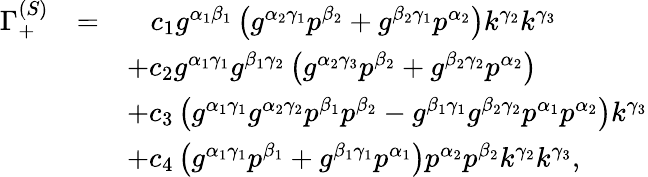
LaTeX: \begin{array}{rcl}{{\Gamma_{+}^{(S)}}}&{{=}}&{{\; \; \; c_{1}g^{\alpha_{1}\beta_{1}}\left(g^{\alpha_{2}\gamma_{1}}p^{\beta_{2}}+g^{\beta_{2}\gamma_{1}}p^{\alpha_{2}}\right)k^{\gamma_{2}}k^{\gamma_{3}}}}\\ {{}}&{{}}&{{+c_{2}g^{\alpha_{1}\gamma_{1}}g^{\beta_{1}\gamma_{2}}\left(g^{\alpha_{2}\gamma_{3}}p^{\beta_{2}}+g^{\beta_{2}\gamma_{2}}p^{\alpha_{2}}\right)}}\\ {{}}&{{}}&{{+c_{3}\left(g^{\alpha_{1}\gamma_{1}}g^{\alpha_{2}\gamma_{2}}p^{\beta_{1}}p^{\beta_{2}}-g^{\beta_{1}\gamma_{1}}g^{\beta_{2}\gamma_{2}}p^{\alpha_{1}}p^{\alpha_{2}}\right)k^{\gamma_{3}}}}\\ {{}}&{{}}&{{+c_{4}\left(g^{\alpha_{1}\gamma_{1}}p^{\beta_{1}}+g^{\beta_{1}\gamma_{1}}p^{\alpha_{1}}\right)p^{\alpha_{2}}p^{\beta_{2}}k^{\gamma_{2}}k^{\gamma_{3}},}}\end{array}